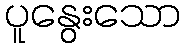
ပူနွေးသော